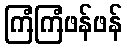
ကြံကြံဖန်ဖန်